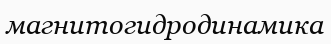
магнитогидродинамика